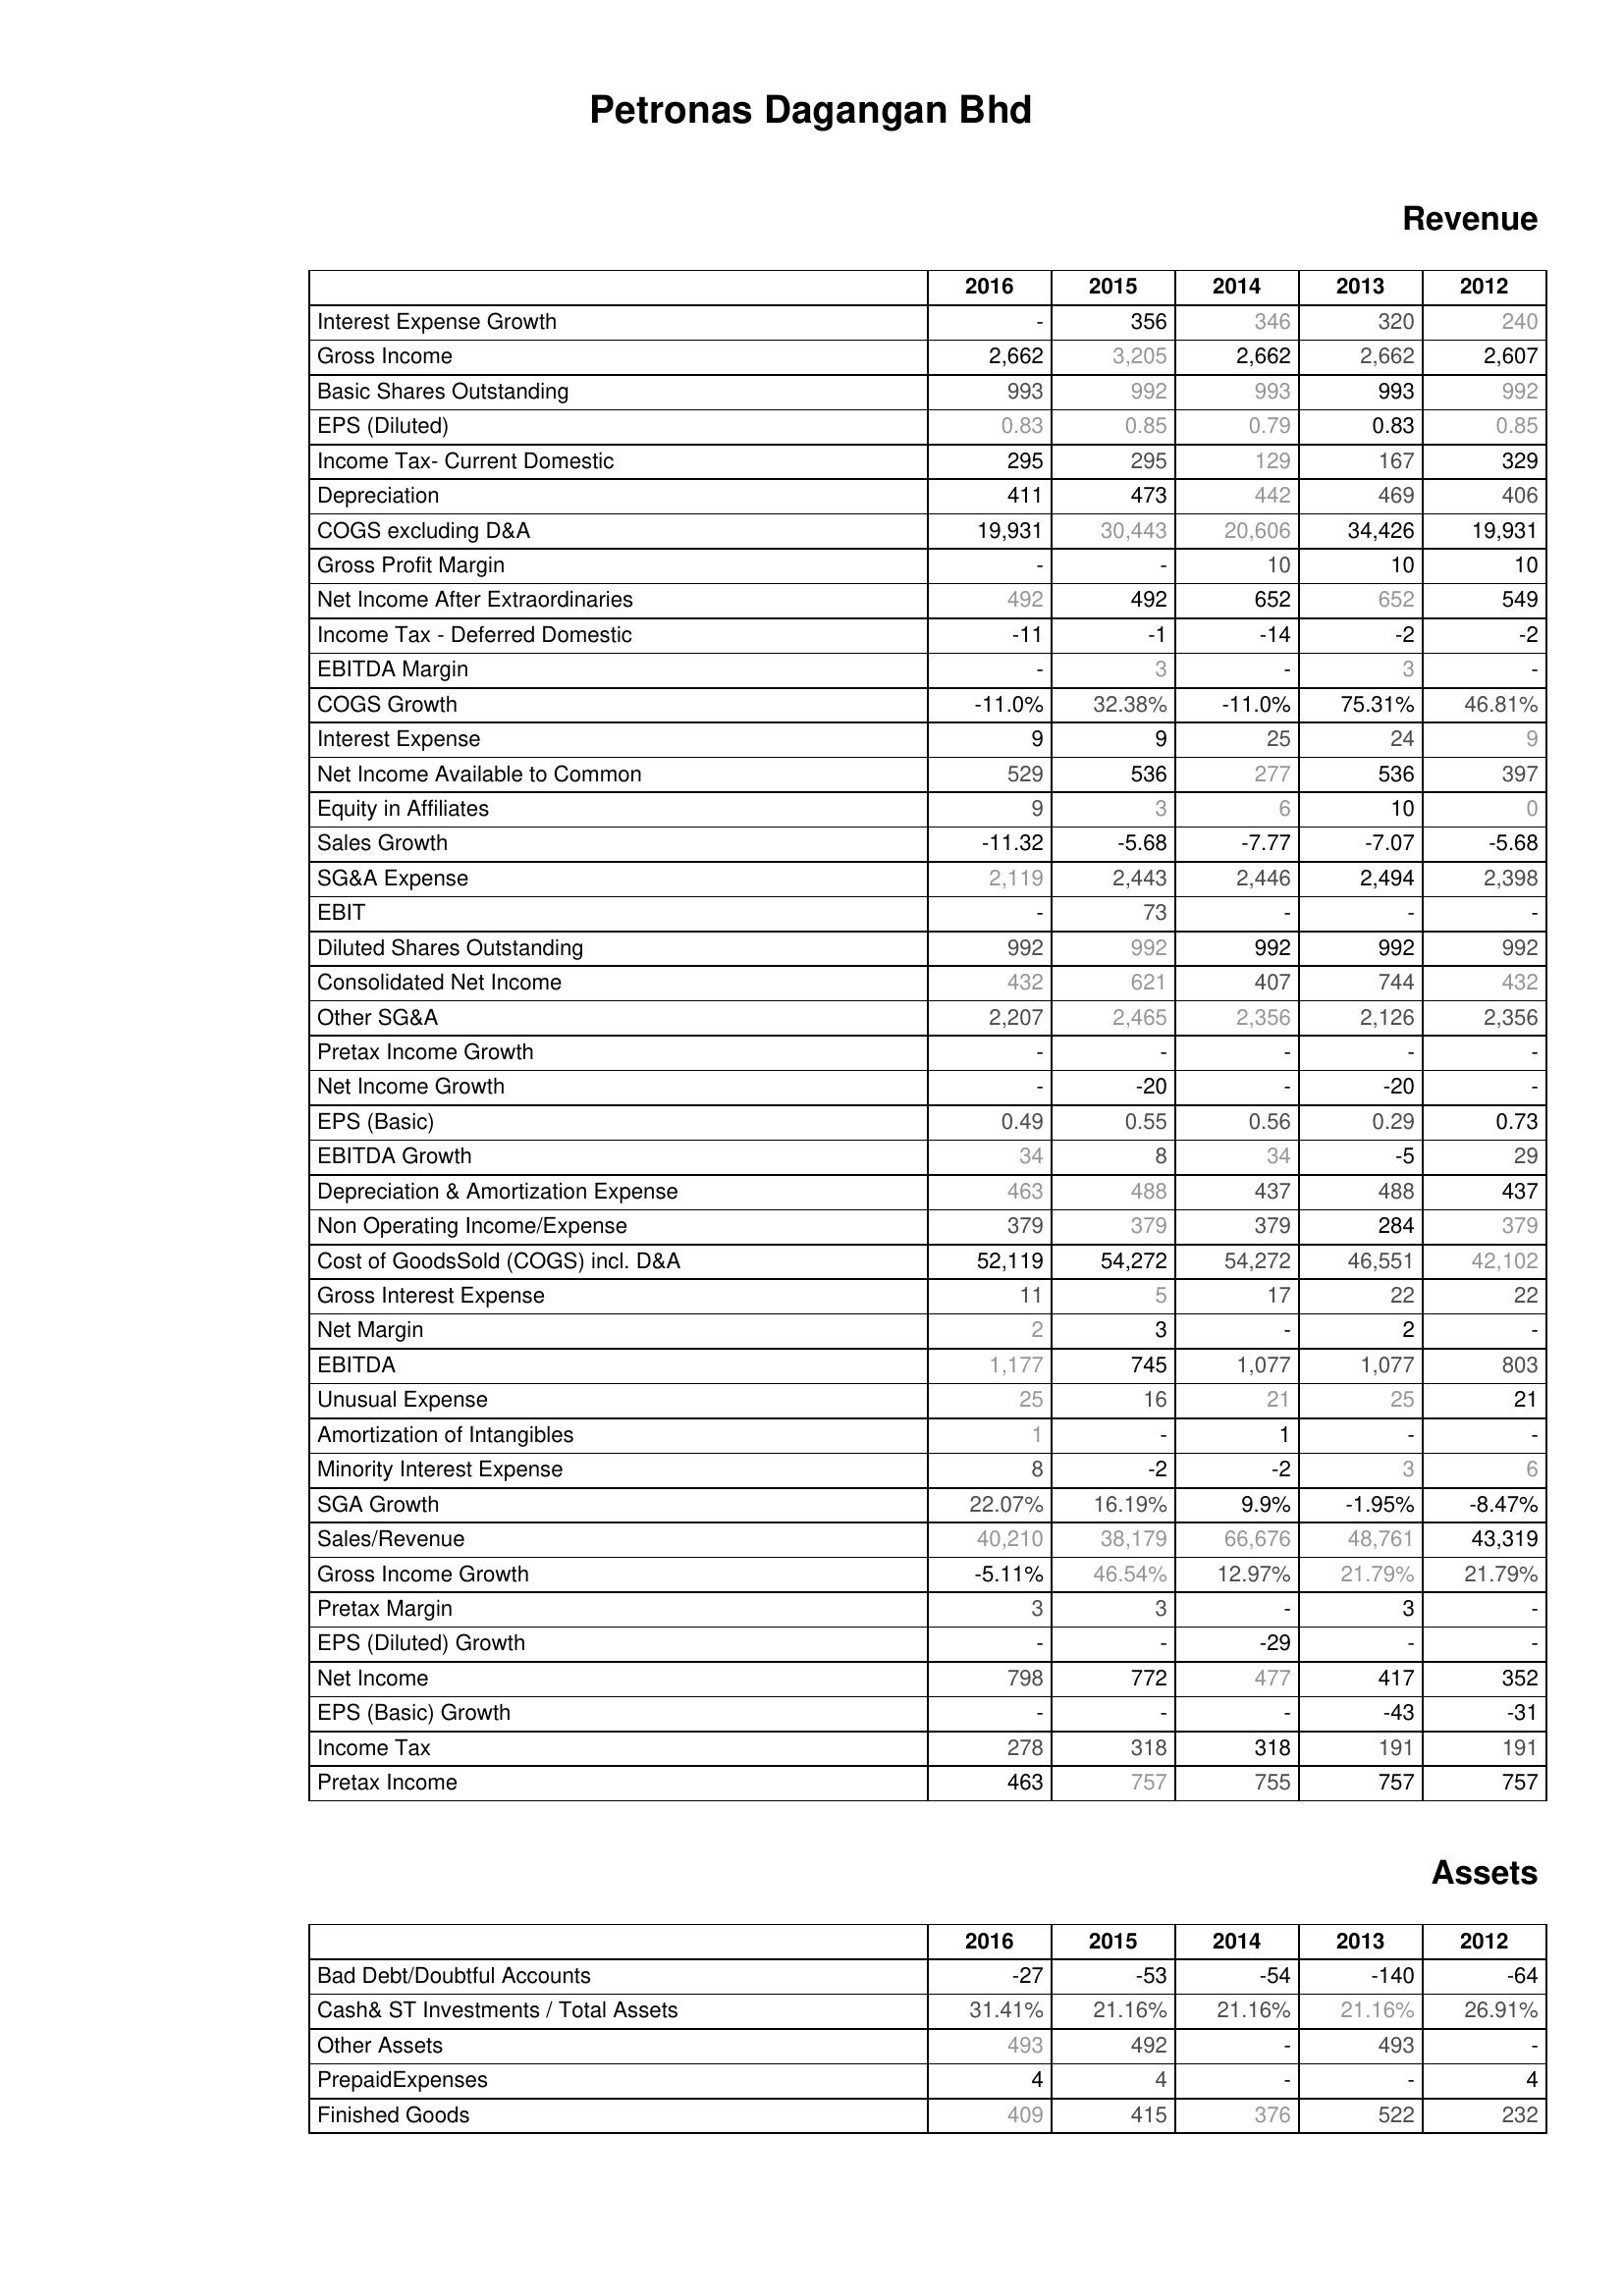
2016: Revenue: Interest Expense Growth: -
Gross Income: 2,662
Basic Shares Outstanding: 993
EPS (Diluted): 0.83
Income Tax- Current Domestic: 295
Depreciation: 411
COGS excluding D&A: 19,931
Gross Profit Margin: -
Net Income After Extraordinaries: 492
Income Tax - Deferred Domestic: -11
EBITDA Margin: -
COGS Growth: -11.0%
Interest Expense: 9
Net Income Available to Common: 529
Equity in Affiliates: 9
Sales Growth: -11.32
SG&A Expense: 2,119
EBIT: -
Diluted Shares Outstanding: 992
Consolidated Net Income: 432
Other SG&A: 2,207
Pretax Income Growth: -
Net Income Growth: -
EPS (Basic): 0.49
EBITDA Growth: 34
Depreciation & Amortization Expense: 463
Non Operating Income/Expense: 379
Cost of GoodsSold (COGS) incl. D&A: 52,119
Gross Interest Expense: 11
Net Margin: 2
EBITDA: 1,177
Unusual Expense: 25
Amortization of Intangibles: 1
Minority Interest Expense: 8
SGA Growth: 22.07%
Sales/Revenue: 40,210
Gross Income Growth: -5.11%
Pretax Margin: 3
EPS (Diluted) Growth: -
Net Income: 798
EPS (Basic) Growth: -
Income Tax: 278
Pretax Income: 463
Assets: Bad Debt/Doubtful Accounts: -27
Cash& ST Investments / Total Assets: 31.41%
Other Assets: 493
PrepaidExpenses: 4
Finished Goods: 409
2015: Revenue: Interest Expense Growth: 356
Gross Income: 3,205
Basic Shares Outstanding: 992
EPS (Diluted): 0.85
Income Tax- Current Domestic: 295
Depreciation: 473
COGS excluding D&A: 30,443
Gross Profit Margin: -
Net Income After Extraordinaries: 492
Income Tax - Deferred Domestic: -1
EBITDA Margin: 3
COGS Growth: 32.38%
Interest Expense: 9
Net Income Available to Common: 536
Equity in Affiliates: 3
Sales Growth: -5.68
SG&A Expense: 2,443
EBIT: 73
Diluted Shares Outstanding: 992
Consolidated Net Income: 621
Other SG&A: 2,465
Pretax Income Growth: -
Net Income Growth: -20
EPS (Basic): 0.55
EBITDA Growth: 8
Depreciation & Amortization Expense: 488
Non Operating Income/Expense: 379
Cost of GoodsSold (COGS) incl. D&A: 54,272
Gross Interest Expense: 5
Net Margin: 3
EBITDA: 745
Unusual Expense: 16
Amortization of Intangibles: -
Minority Interest Expense: -2
SGA Growth: 16.19%
Sales/Revenue: 38,179
Gross Income Growth: 46.54%
Pretax Margin: 3
EPS (Diluted) Growth: -
Net Income: 772
EPS (Basic) Growth: -
Income Tax: 318
Pretax Income: 757
Assets: Bad Debt/Doubtful Accounts: -53
Cash& ST Investments / Total Assets: 21.16%
Other Assets: 492
PrepaidExpenses: 4
Finished Goods: 415
2014: Revenue: Interest Expense Growth: 346
Gross Income: 2,662
Basic Shares Outstanding: 993
EPS (Diluted): 0.79
Income Tax- Current Domestic: 129
Depreciation: 442
COGS excluding D&A: 20,606
Gross Profit Margin: 10
Net Income After Extraordinaries: 652
Income Tax - Deferred Domestic: -14
EBITDA Margin: -
COGS Growth: -11.0%
Interest Expense: 25
Net Income Available to Common: 277
Equity in Affiliates: 6
Sales Growth: -7.77
SG&A Expense: 2,446
EBIT: -
Diluted Shares Outstanding: 992
Consolidated Net Income: 407
Other SG&A: 2,356
Pretax Income Growth: -
Net Income Growth: -
EPS (Basic): 0.56
EBITDA Growth: 34
Depreciation & Amortization Expense: 437
Non Operating Income/Expense: 379
Cost of GoodsSold (COGS) incl. D&A: 54,272
Gross Interest Expense: 17
Net Margin: -
EBITDA: 1,077
Unusual Expense: 21
Amortization of Intangibles: 1
Minority Interest Expense: -2
SGA Growth: 9.9%
Sales/Revenue: 66,676
Gross Income Growth: 12.97%
Pretax Margin: -
EPS (Diluted) Growth: -29
Net Income: 477
EPS (Basic) Growth: -
Income Tax: 318
Pretax Income: 755
Assets: Bad Debt/Doubtful Accounts: -54
Cash& ST Investments / Total Assets: 21.16%
Other Assets: -
PrepaidExpenses: -
Finished Goods: 376
2013: Revenue: Interest Expense Growth: 320
Gross Income: 2,662
Basic Shares Outstanding: 993
EPS (Diluted): 0.83
Income Tax- Current Domestic: 167
Depreciation: 469
COGS excluding D&A: 34,426
Gross Profit Margin: 10
Net Income After Extraordinaries: 652
Income Tax - Deferred Domestic: -2
EBITDA Margin: 3
COGS Growth: 75.31%
Interest Expense: 24
Net Income Available to Common: 536
Equity in Affiliates: 10
Sales Growth: -7.07
SG&A Expense: 2,494
EBIT: -
Diluted Shares Outstanding: 992
Consolidated Net Income: 744
Other SG&A: 2,126
Pretax Income Growth: -
Net Income Growth: -20
EPS (Basic): 0.29
EBITDA Growth: -5
Depreciation & Amortization Expense: 488
Non Operating Income/Expense: 284
Cost of GoodsSold (COGS) incl. D&A: 46,551
Gross Interest Expense: 22
Net Margin: 2
EBITDA: 1,077
Unusual Expense: 25
Amortization of Intangibles: -
Minority Interest Expense: 3
SGA Growth: -1.95%
Sales/Revenue: 48,761
Gross Income Growth: 21.79%
Pretax Margin: 3
EPS (Diluted) Growth: -
Net Income: 417
EPS (Basic) Growth: -43
Income Tax: 191
Pretax Income: 757
Assets: Bad Debt/Doubtful Accounts: -140
Cash& ST Investments / Total Assets: 21.16%
Other Assets: 493
PrepaidExpenses: -
Finished Goods: 522
2012: Revenue: Interest Expense Growth: 240
Gross Income: 2,607
Basic Shares Outstanding: 992
EPS (Diluted): 0.85
Income Tax- Current Domestic: 329
Depreciation: 406
COGS excluding D&A: 19,931
Gross Profit Margin: 10
Net Income After Extraordinaries: 549
Income Tax - Deferred Domestic: -2
EBITDA Margin: -
COGS Growth: 46.81%
Interest Expense: 9
Net Income Available to Common: 397
Equity in Affiliates: 0
Sales Growth: -5.68
SG&A Expense: 2,398
EBIT: -
Diluted Shares Outstanding: 992
Consolidated Net Income: 432
Other SG&A: 2,356
Pretax Income Growth: -
Net Income Growth: -
EPS (Basic): 0.73
EBITDA Growth: 29
Depreciation & Amortization Expense: 437
Non Operating Income/Expense: 379
Cost of GoodsSold (COGS) incl. D&A: 42,102
Gross Interest Expense: 22
Net Margin: -
EBITDA: 803
Unusual Expense: 21
Amortization of Intangibles: -
Minority Interest Expense: 6
SGA Growth: -8.47%
Sales/Revenue: 43,319
Gross Income Growth: 21.79%
Pretax Margin: -
EPS (Diluted) Growth: -
Net Income: 352
EPS (Basic) Growth: -31
Income Tax: 191
Pretax Income: 757
Assets: Bad Debt/Doubtful Accounts: -64
Cash& ST Investments / Total Assets: 26.91%
Other Assets: -
PrepaidExpenses: 4
Finished Goods: 232